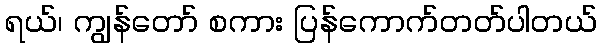
ရယ်၊ ကျွန်တော် စကား ပြန်ကောက်တတ်ပါတယ်